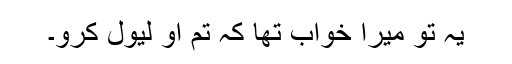
یہ تو میرا خواب تھا کہ تم او لیول کرو۔